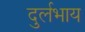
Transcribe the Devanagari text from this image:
दुर्लभाय